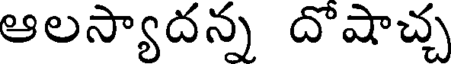
ఆలస్యాదన్న దొషాచ్చ